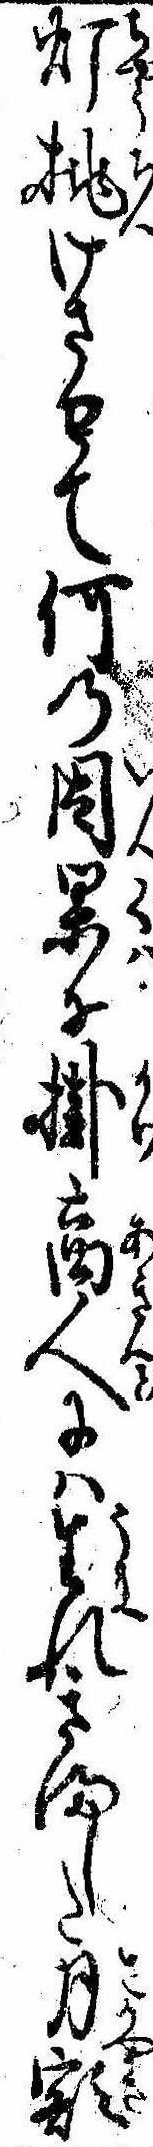
灯挑けさせて何の因果に掛商人には生れきました月額